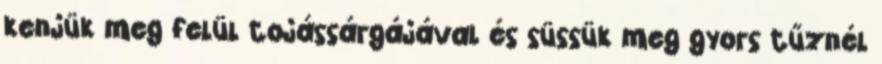
kenjük meg felül tojássárgájával és süssük meg gyors tűznél